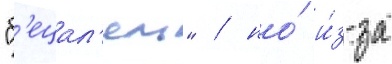
"б'ецал'ель" / но́ и́з-за